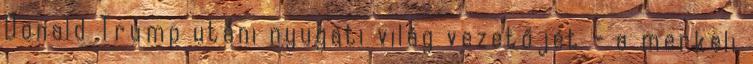
Donald Trump utáni nyugati világ vezetőjét – a merkeli